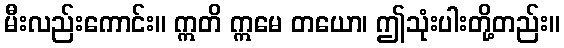
မီးလည်းကောင်း။ ဣတိ ဣမေ တယော၊ ဤသုံးပါးတို့တည်း။